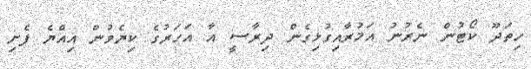
ހިތަދޫ ކޯޓުން ނެރުނު އަމުރާއިގުޅިގެން ދިރާސީ އާ އަހަރުގެ ކިޔެވުން އިއްޔެ ފެށި